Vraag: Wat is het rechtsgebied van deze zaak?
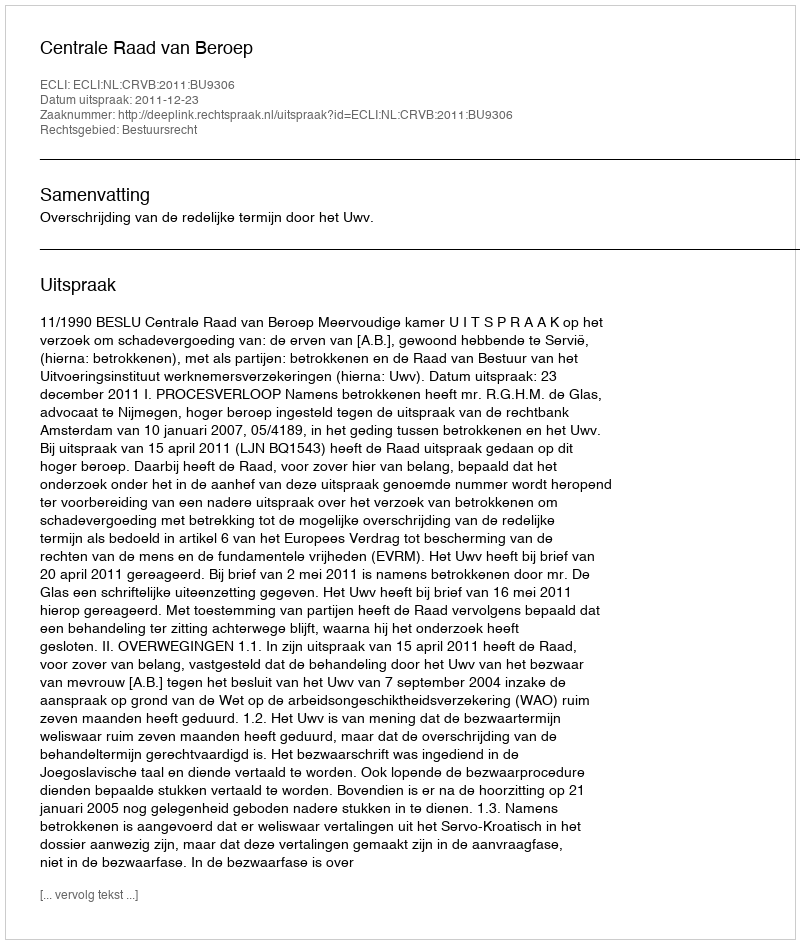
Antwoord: Bestuursrecht